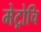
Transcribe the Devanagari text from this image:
मेट्रोचि